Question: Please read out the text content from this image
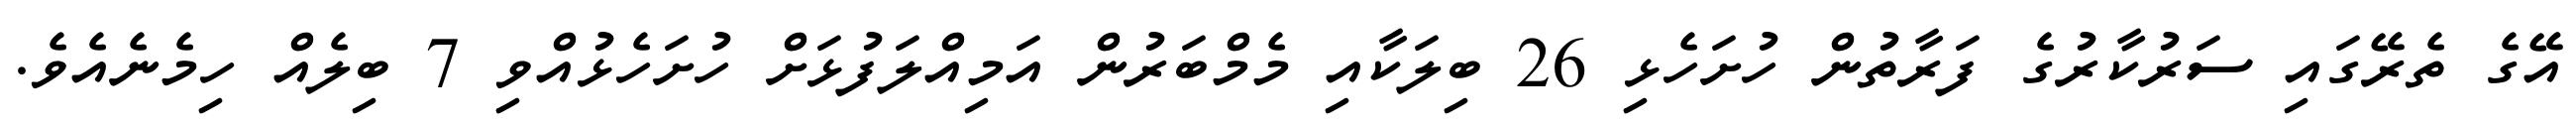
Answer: އޭގެ ތެރޭގައި ސަރުކާރުގެ ފަރާތުން ހުށަހެޅި 26 ބިލަކާއި މެމްބަރުން އަމިއްލަފުޅަށް ހުށަހެޅުއްވި 7 ބިލެއް ހިމެނެއެވެ.